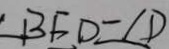
\angle B F D = \angle D